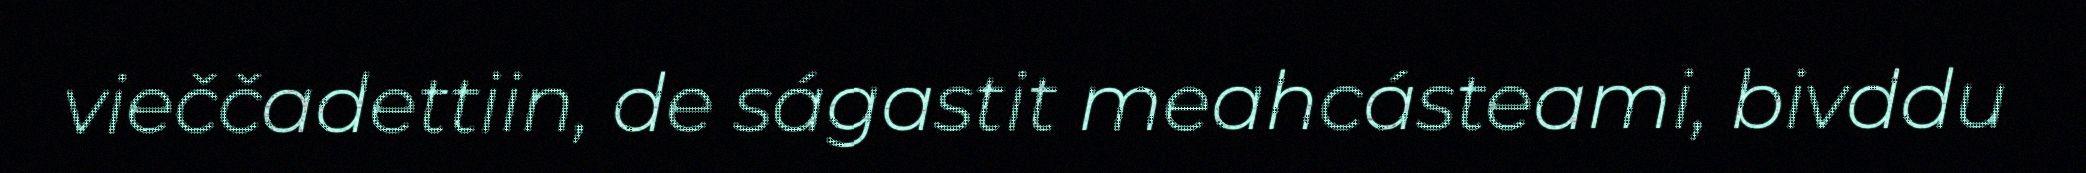
vieččadettiin, de ságastit meahcásteami, bivddu